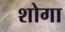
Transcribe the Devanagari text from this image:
शोगा